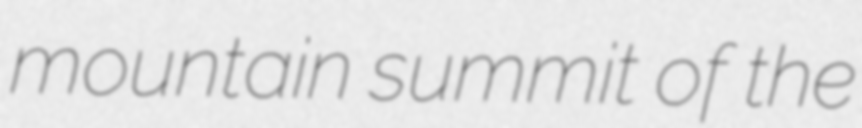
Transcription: mountain summit of the